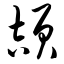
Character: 颉